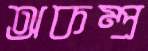
অকম্প্র